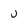
Character: U